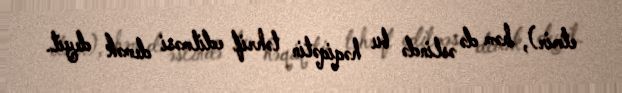
etmir), həm də əslində bu həqiqətin təhrif edilməsi demək deyil.